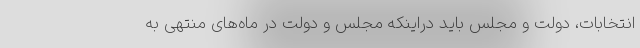
انتخابات، دولت و مجلس باید دراینکه مجلس و دولت در ماه‌های منتهی به